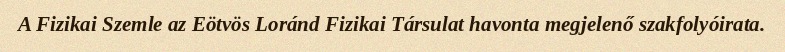
A Fizikai Szemle az Eötvös Loránd Fizikai Társulat havonta megjelenő szakfolyóirata.